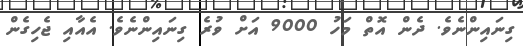
ގިނައިންނެވެ. ދެން އޮތް މަހު 9000 އަށް ވުރެ ގިނައިންނެވެ. އެއާއި ޖެހިގެން